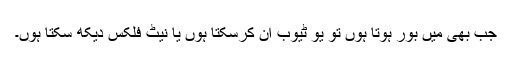
جب بھی میں بور ہوتا ہوں تو یو ٹیوب آن کرسکتا ہوں یا نیٹ فلکس دیکھ سکتا ہوں۔